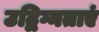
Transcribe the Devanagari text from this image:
उद्विग्नताएं